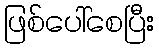
ဖြစ်ပေါ်စေပြီး